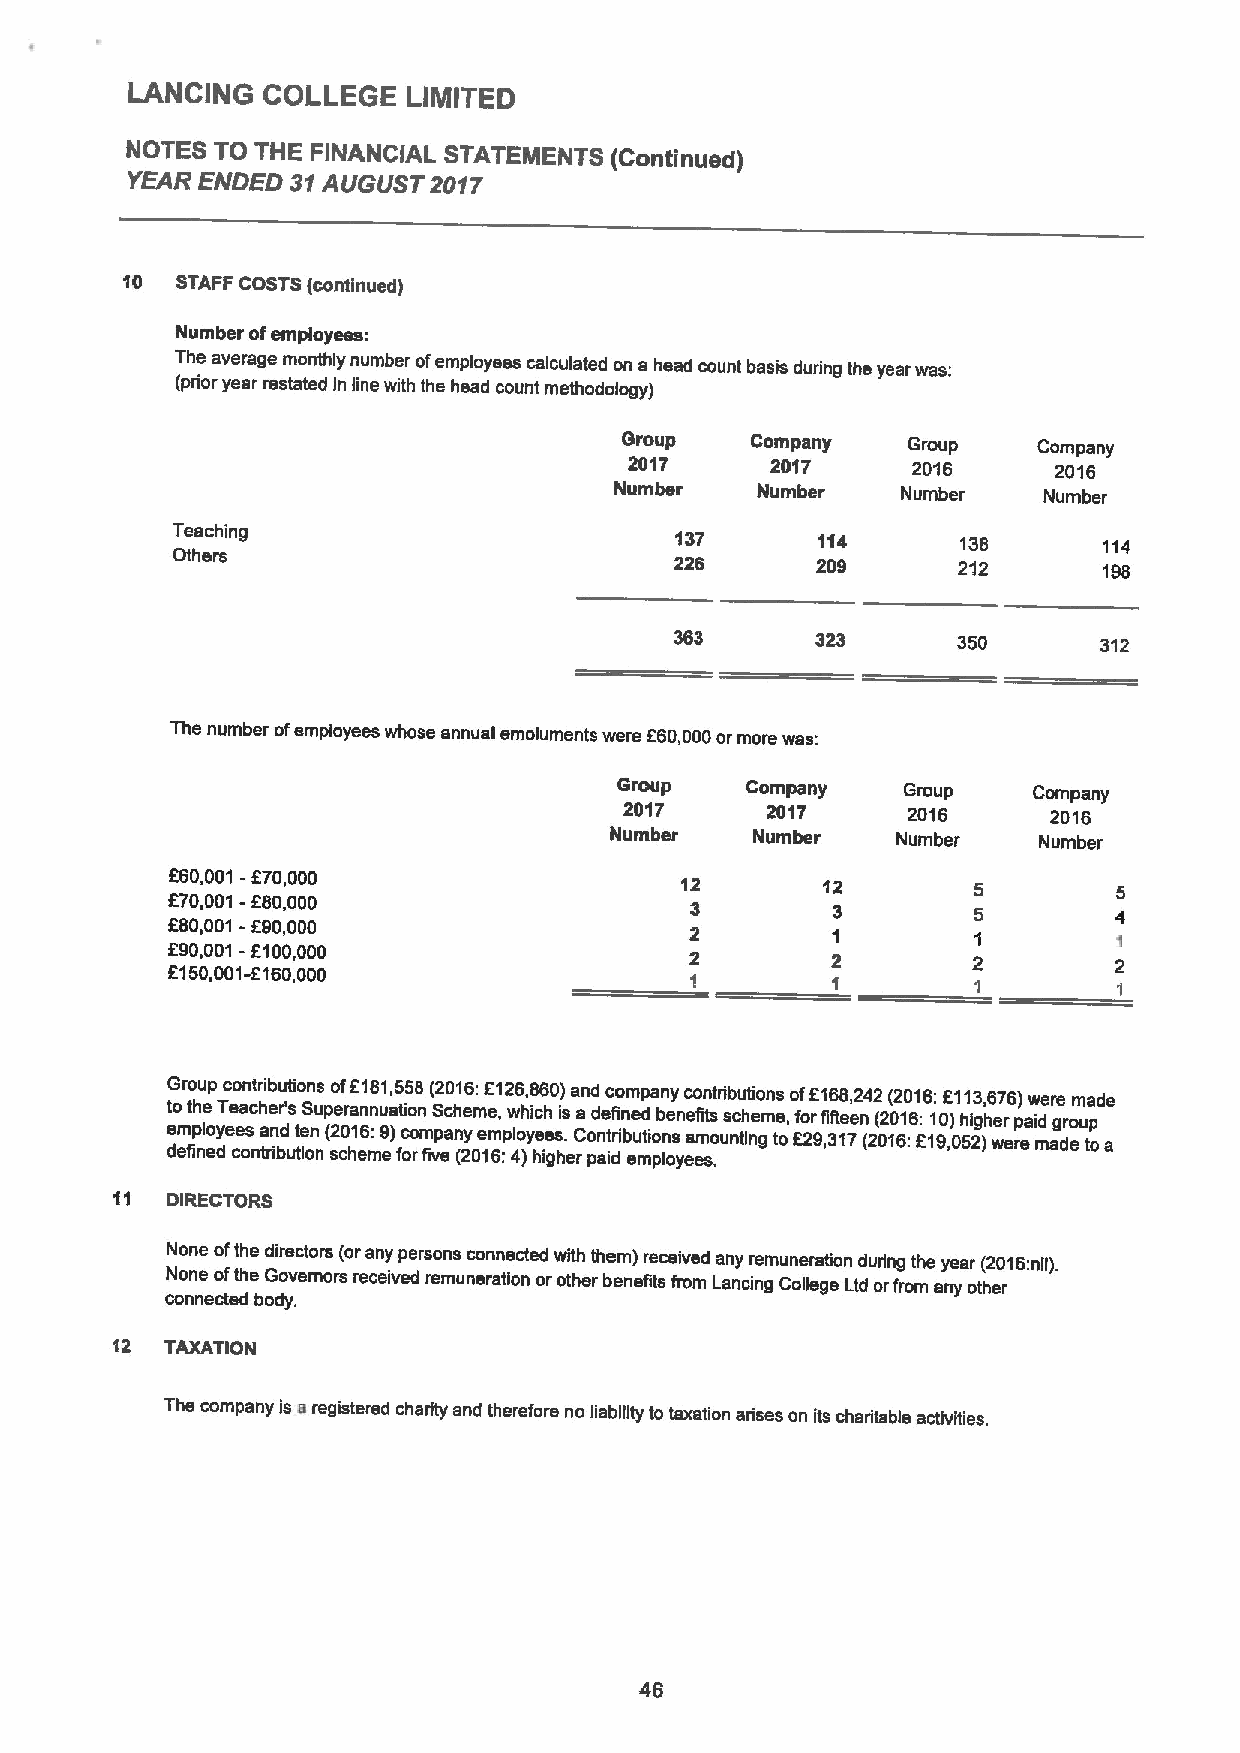
LANCING  COLLEGE   LIMITED
 NOTES TO THE FINANCIAL STATEMENTS (Continued)
 YEAR ENDED 31AUGUST2017
 10  STAFF COSTS(continued)
 Number ofemployeea:
 The average monthly number ofemployees calculated on a head count basis during the year was:
 (prior year restated in line with the head count methodology)
 Group    Company   Group    Company
 2017     2017     2016      2016
 Number   Number    Number   Number
 Teaching                          137      114       138      114
 Others
 226      209      212       198
 363               350       312
 The number ofemployees whose annual emoluments were E60,000ormore was:
 Group   Company    Group   Company
 2017      2017     2016      2016
 Number    Number   Number    Number
 E60,001-E70,000
 12       12
 E70,001-E80,000
 3        3
 E80,001-E90,000
 2        1
 E90,001-f100,000
 2        2
 E150,001-E160,000
 1        1
 t eG o mro t phu lep oyT ec e eo san ctr hi ab e nu r d't sio tn eSs nup (eo 2rf 0aE n 1n1 6u8 :a 91 ti ), o5 cn5 o8 m( pS2 ac0 nh y1 e6 m: eeE m,1 p2 w lo6 h y, i8 c eh e6 s0 .i) sa Can od d ne tc rf io i bnm ue tdp ioa nn b sy enec afo mitn s otr ui nb s tcu ih nti geo mns e to, o Eff o 2E r 9f1 ,i 36 ft 18 ee 7,2 n (4 22 ( 02( 102 610 :61 E:6 11: 90E ,) 01 h 51 i 2g3 )h,6 e w7 r e6 rp) eaw id mer age dr eom up ta ode
 a
 defined contribution scheme forfive (2016:4)higher paid employees.
 11  DIRECTORS
 None ofthe directors (orany persons connected with them) received any remuneration during the year (2016:nil).
 None ofthe Governors received remuneration orother benefits from Lancing College Ltd orfrom any other
 connected body.
 'l2 TAXATION
 The company is aregistered charity and therefore no liability totaxation arises on its charitable activities.